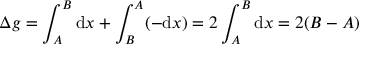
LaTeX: \Delta g = \int _ { A } ^ { B } { \mathrm { d } } x + \int _ { B } ^ { A } ( - { \mathrm { d } } x ) = 2 \int _ { A } ^ { B } { \mathrm { d } } x = 2 ( B - A )